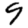
Digit: 9